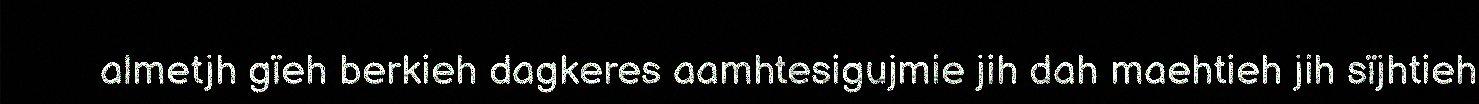
almetjh gïeh berkieh dagkeres aamhtesigujmie jih dah maehtieh jih sïjhtieh